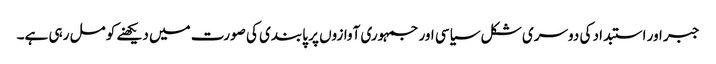
جبر اور استبداد کی دوسری شکل سیاسی اور جمہوری آوازوں پر پابندی کی صورت میں دیکھنے کو مل رہی ہے۔